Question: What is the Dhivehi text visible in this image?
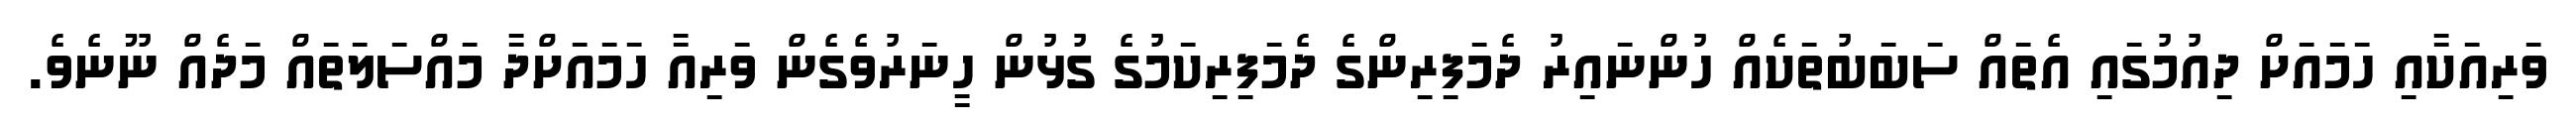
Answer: ވަރިއަކާއި ހަމައަށް ދިއުމުގައި އެތައް ސަބަބުތަކެއް ހުންނައިރު ދެމަފިރިންގެ ދެމަފިރިކަމުގެ ގުޅުން ހީނަރުވެގެން ވަރިއާ ހަމައަށްދާ މައްސަލަތައް މަދެއް ނޫނެވެ.